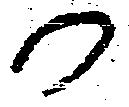
か